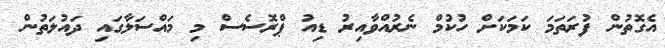
އެގޮތުން ފުރަތަމަ ކަމަކަށް ހުކުމް ނެރުއްވާއިރު ޑިއު ޕްރޮސެސް މި މައްސަލާގައި ދައުލަތުން